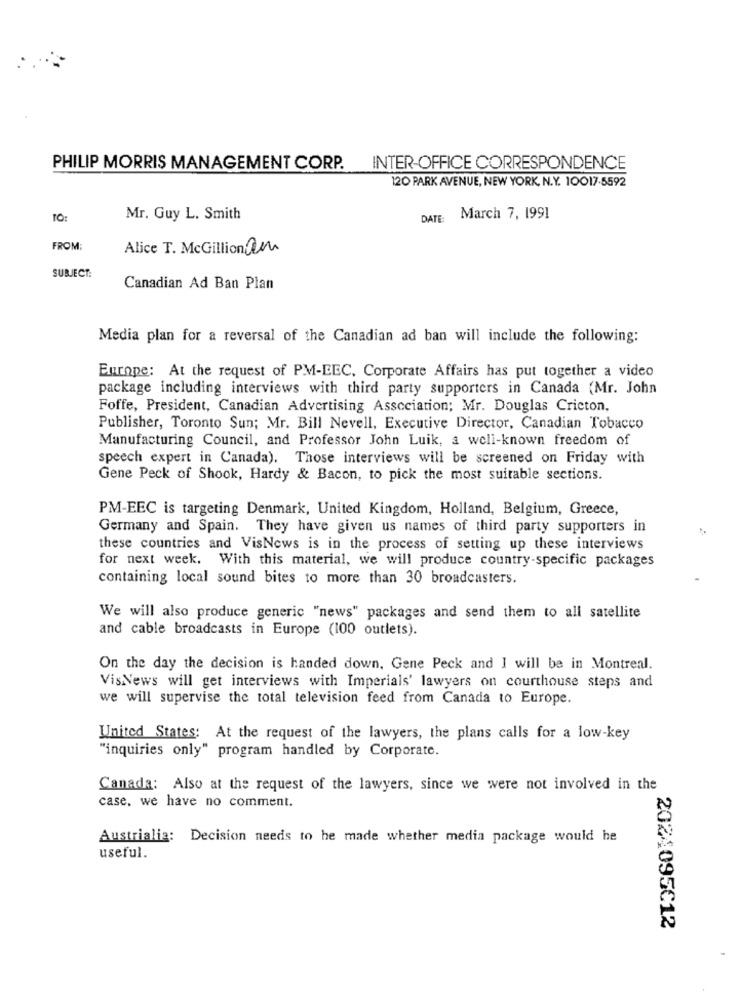
PHILIP MORRIS MANAGEMENT CORP. INTER-OFFICE CORRESPONDENCE
120 PARK AVENUE, NEW YORK, N.Y. 10017-5592
TO:
Mr. Guy L. Smith
DATE
March 7, 1991
FROM:
Alice T. McGillion am
SUBJECT:
Canadian Ad Ban Plan
Media plan for a reversal of the Canadian ad ban will include the following:
Europe: At the request of PM-EEC, Corporate Affairs has put together a video
package including interviews with third party supporters in Canada (Mr. John
Foffe, President, Canadian Advertising Association; Mr. Douglas Cricton,
Publisher, Toronto Sun; Mr. Bill Nevell, Executive Director, Canadian Tobacco
Manufacturing Council, and Professor John Luik, a well-known freedom of
speech expert in Canada). Those interviews will be screened on Friday with
Gene Peck of Shook, Hardy & Bacon, to pick the most suitable sections.
PM-EEC is targeting Denmark, United Kingdom, Holland, Belgium, Greece,
Germany and Spain. They have given us names of third party supporters in
these countries and VisNews is in the process of setting up these interviews
for next week. With this material, we will produce country-specific packages
containing local sound bites to more than 30 broadcasters.
We will also produce generic "news" packages and send them to all satellite
and cable broadcasts in Europe (100 outlets).
On the day the decision is handed down, Gene Peck and I will be in Montreal.
VisNews will get interviews with Imperials' lawyers on courthouse steps and
we will supervise the total television feed from Canada to Europe.
United States: At the request of the lawyers, the plans calls for a low-key
"inquiries only" program handled by Corporate.
Canada: Also at the request of the lawyers, since we were not involved in the
case. we have no comment.
Austrialia: Decision needs to he made whether media package would he
useful.
2024095€12